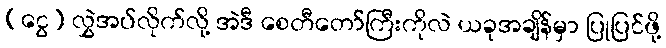
(ငွေ) လွှဲအပ်လိုက်လို့ အဲဒီ စေတီတော်ကြီးကိုလဲ ယခုအချိန်မှာ ပြုပြင်ဖို့